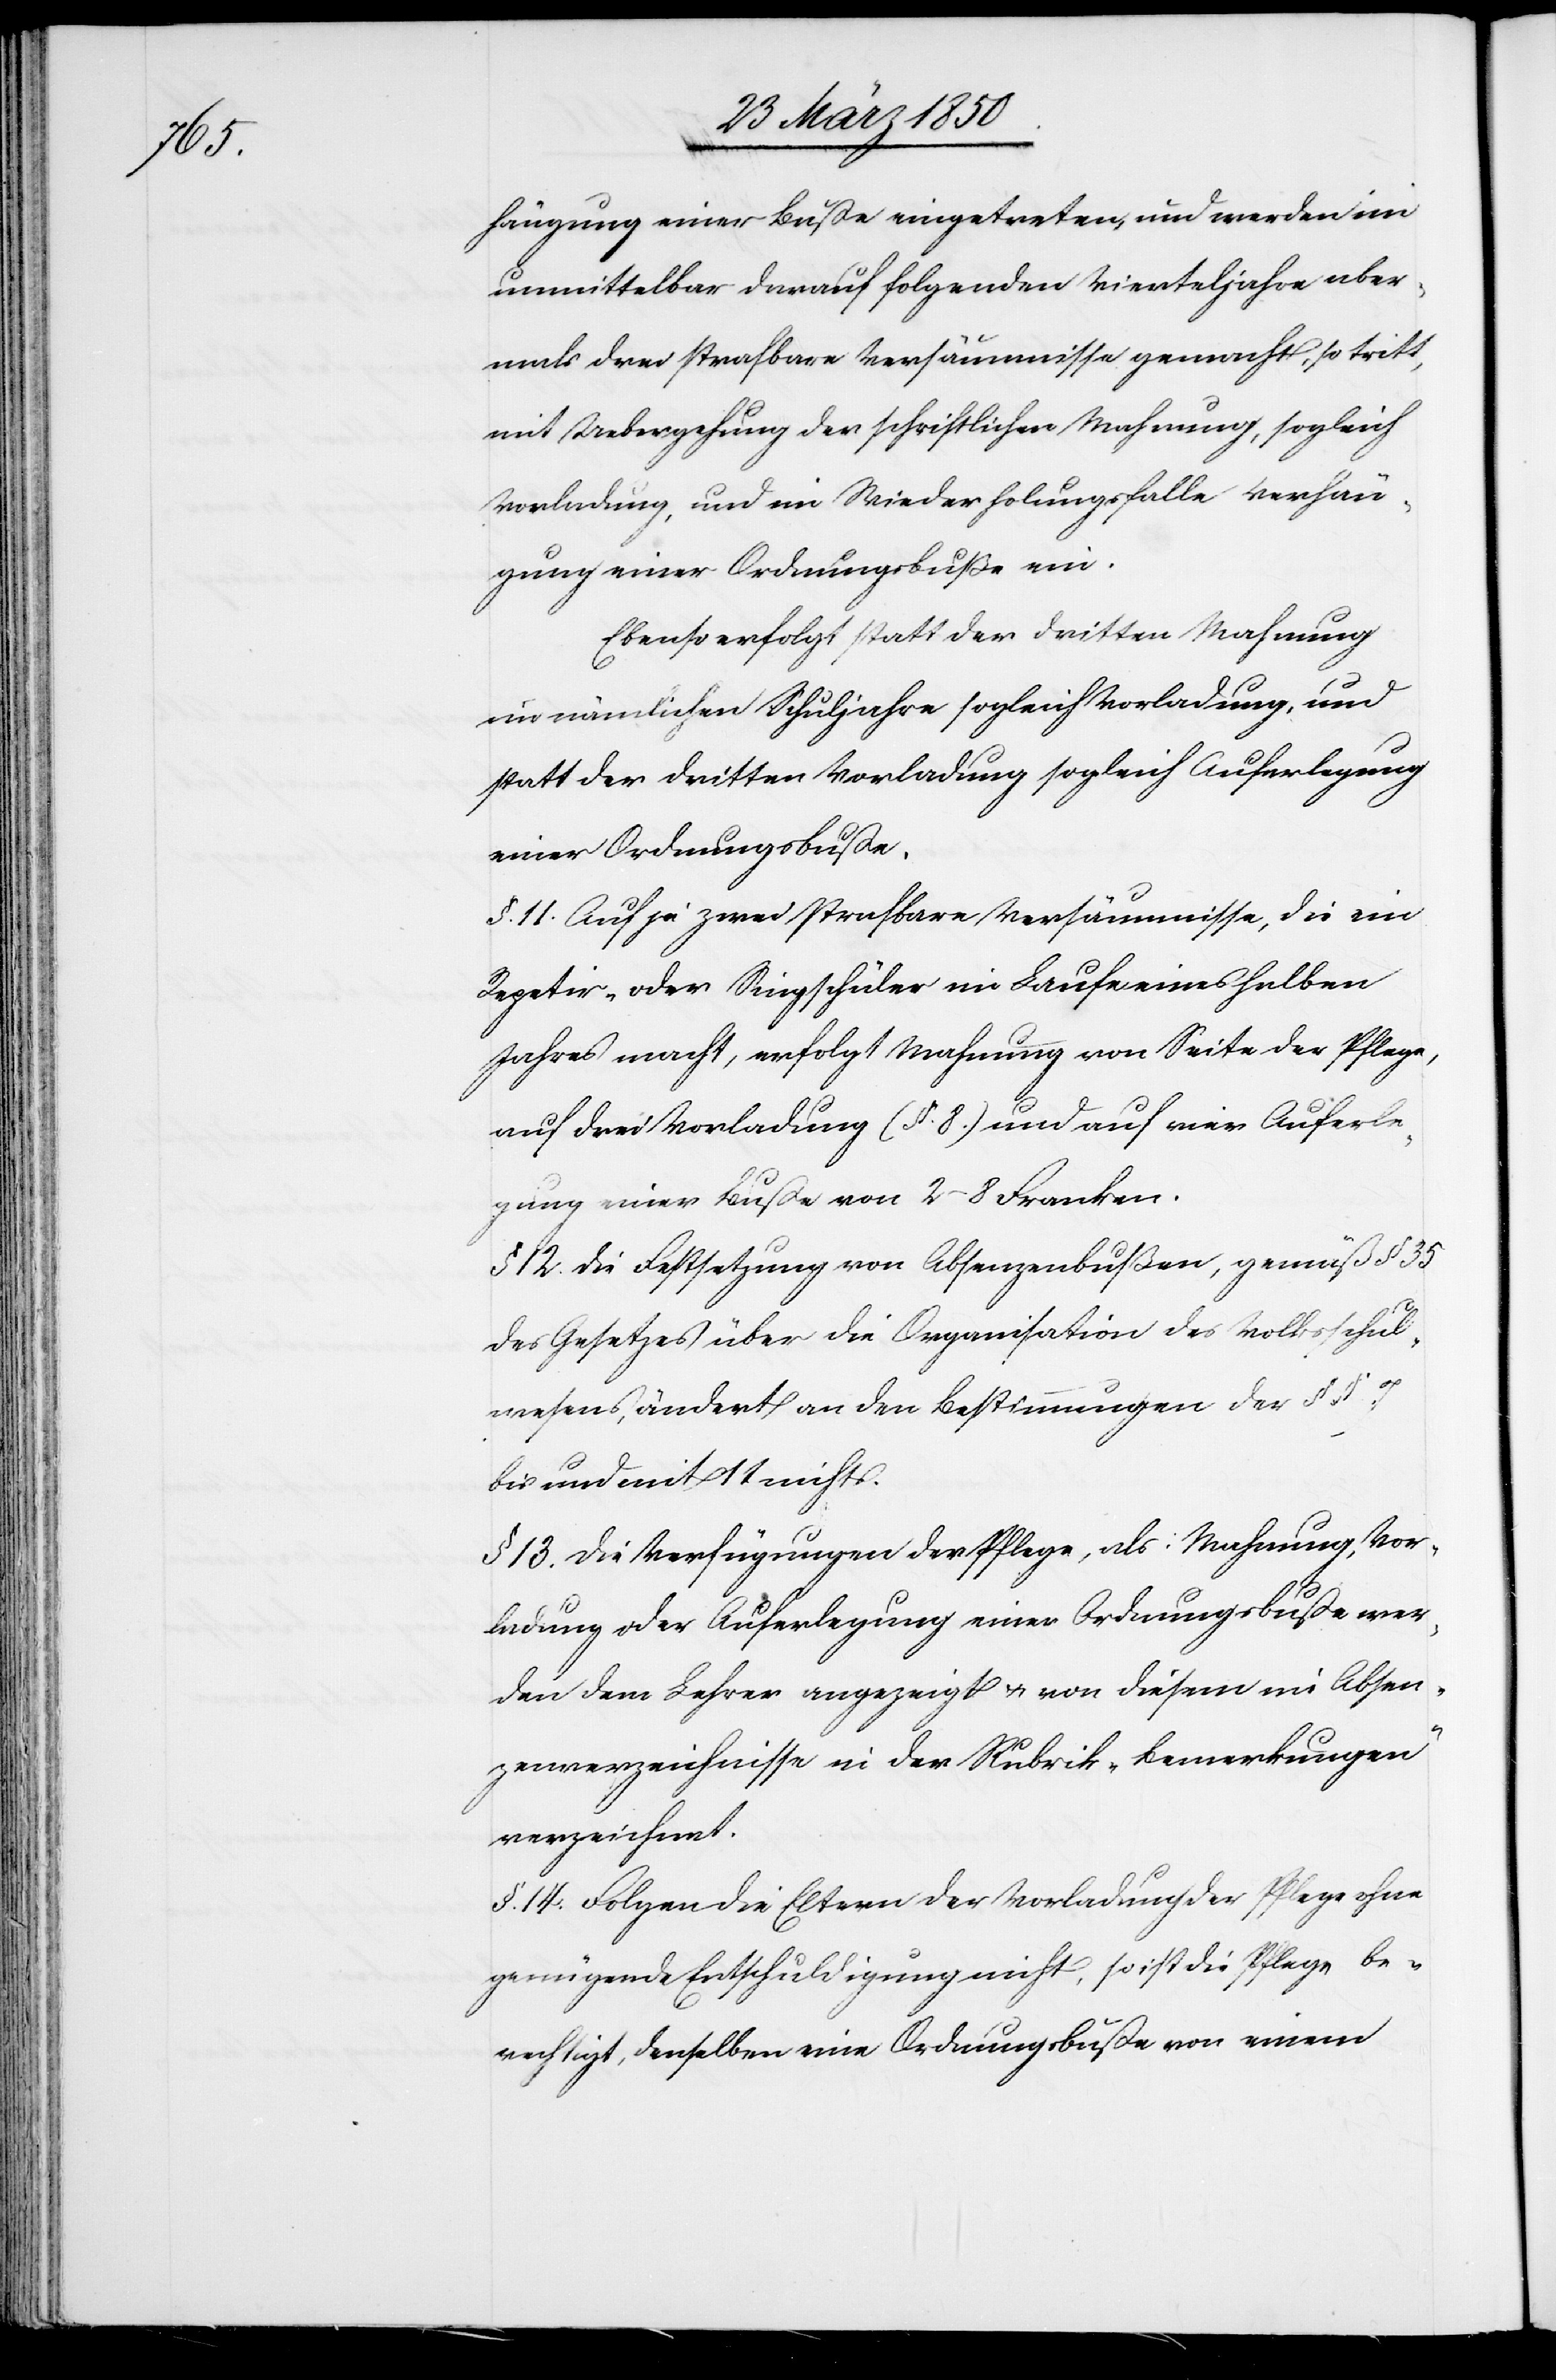
hängung einer Buße eingetreten, und werden im
unmittelbar darauf folgenden Vierteljahre aber¬
mals drei strafbare Versäumnisse gemacht, so tritt
mit Uebergehung der schriftlichen Mahnung, sogleich
Vorladung, und im Wiederholungsfalle Verhän¬
gung einer Ordnungsbuße ein.
Ebenso erfolgt statt der dritten Mahnung
im nämlichen Schuljahre sogleich Vorladung, und
statt der dritten Vorladung sogleich Auferlegung
einer Ordnungsbuße.
§. 11. Auf je zwei strafbare Versäumnisse, die ein
Repetir- oder Singschüler im Laufe eines halben
Jahres macht, erfolgt Mahnung von Seite der Pflege,
auf drei Vorladung (§. 8) und auf vier Auferle¬
gung einer Buße von 2–8 Franken.
§ 12. Die Festsetzung von Absenzenbußen, gemäß § 35
des Gesetzes über die Organisation des Volksschul¬
wesens, ändert an den Bestimmungen der §§ 7
bis und mit 11 nichts.
§ 13. Die Verfügungen der Pflege, als: Mahnung, Vor¬
ladung oder Auferlegung einer Ordnungsbuße wer¬
den dem Lehrer angezeigt u. von diesem im Absen¬
zenverzeichnisse in der Rubrik „Bemerkungen“
verzeichnet.
§. 14. Folgen die Eltern der Vorladung der Pflege ohne
genügende Entschuldigung nicht, so ist die Pflege be¬
rechtigt, denselben eine Ordnungsbuße von einem